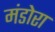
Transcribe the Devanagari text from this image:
मंडोरा